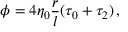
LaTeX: \phi = 4 \eta _ { 0 } \frac r l ( \tau _ { 0 } + \tau _ { 2 } ) \, ,